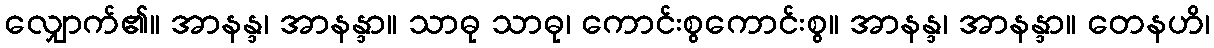
လျှောက်၏။ အာနန္ဒ၊ အာနန္ဒာ။ သာဓု သာဓု၊ ကောင်းစွကောင်းစွ။ အာနန္ဒ၊ အာနန္ဒာ။ တေနဟိ၊